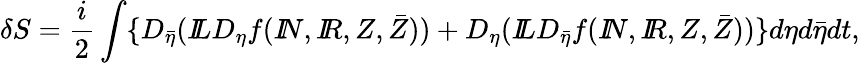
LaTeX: \delta S=\frac{i}{2}\int\{ D_{\bar{\eta}}({I\! \! L}D_{\eta}f({I\! \! N},{I\! \! R},Z,\bar{Z}))+D_{\eta}({I\! \! L}D_{\bar{\eta}}f({I\! \! N},{I\! \! R},Z,\bar{Z}))\} d\eta d\bar{\eta}dt,